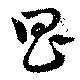
昌